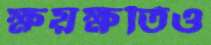
ক্ষয়ক্ষতিও